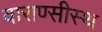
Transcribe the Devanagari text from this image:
वाराण्सीस्थ